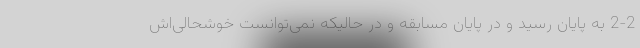
2-2 به پایان رسید و در پایان مسابقه و در حالیکه نمی‌توانست خوشحالی‌اش